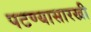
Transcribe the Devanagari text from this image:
पटण्यासारखी